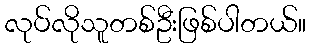
လုပ်လိုသူတစ်ဦးဖြစ်ပါတယ်။